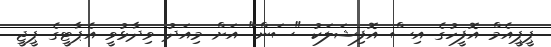
ޕީޕީއެމް އޮފީހުގެ އިސް އޮފިޝަލަކު "ސަން" އަށް މިއަދު ވިދާޅުވީ އެޕާޓީގެ ޕީޖީ